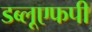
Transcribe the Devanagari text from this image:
डब्लूएफपी